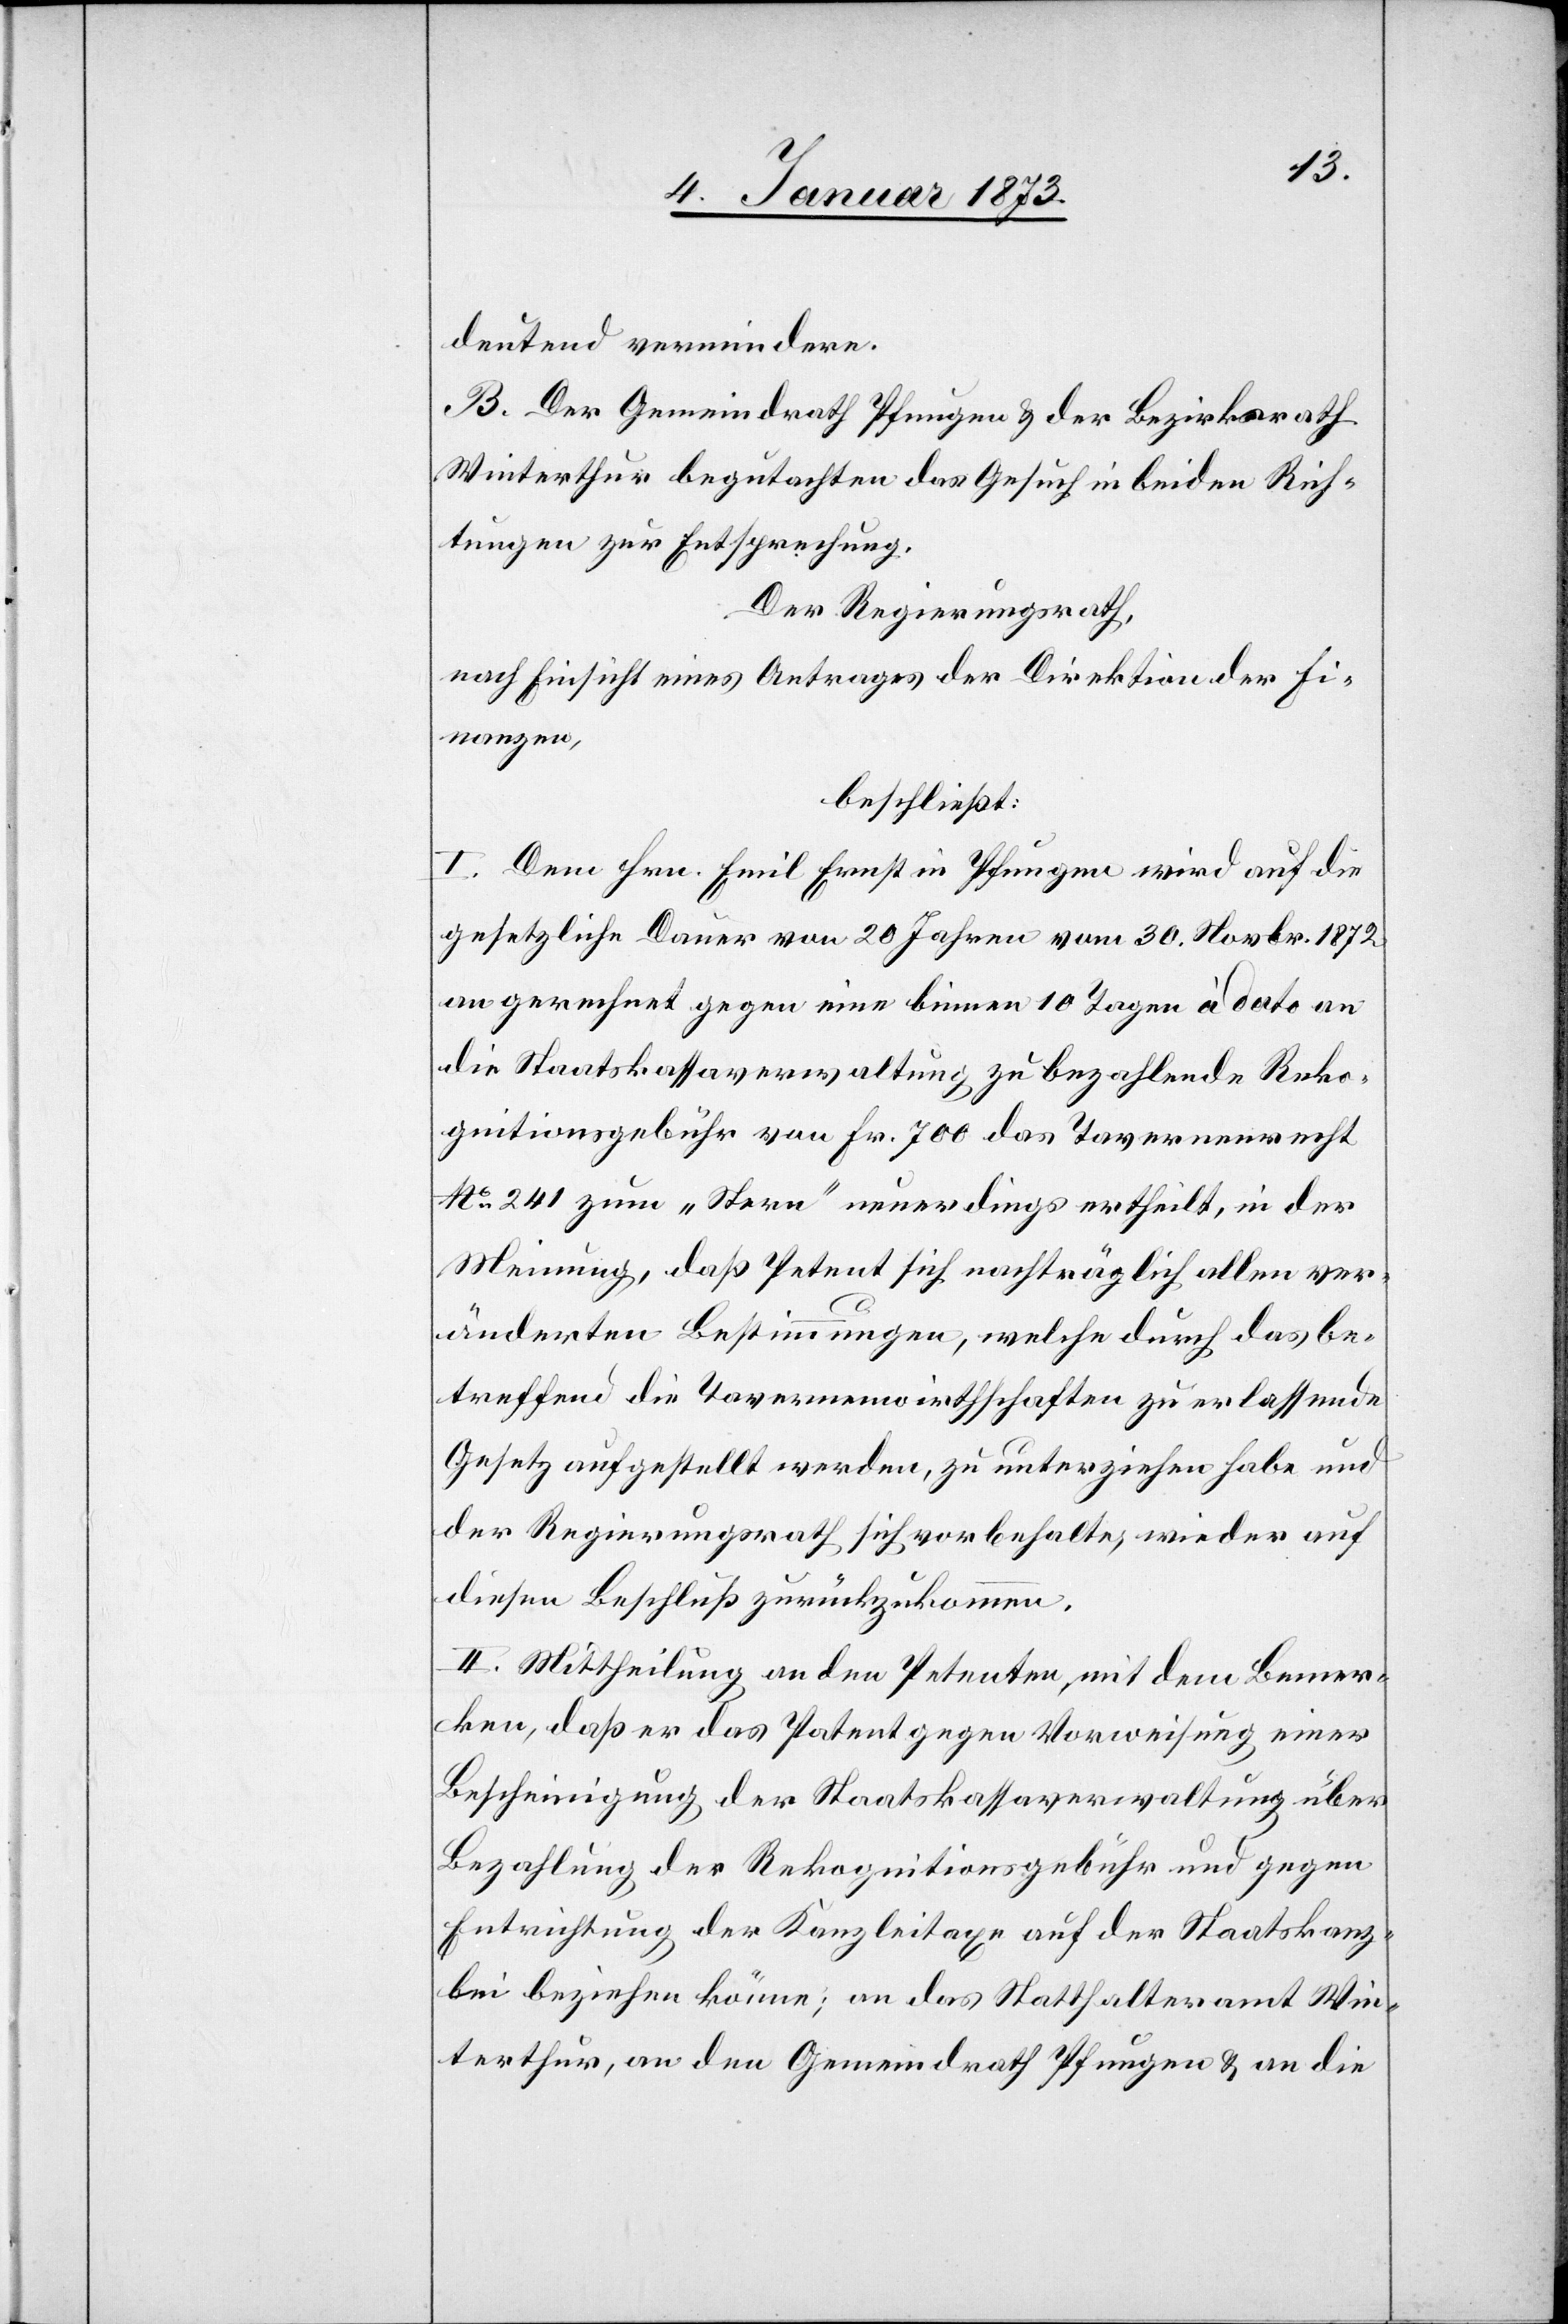
deutend vermindern.
B. Der Gemeindrath Pfungen & der Bezirksrath
Winterthur begutachten das Gesuch in beiden Rich¬
tungen zur Entsprechung.
Der Regierungsrath,
nach Einsicht eines Antrages der Direktion Fi¬
nanzen,
beschließt:
I. Dem Hrn. Emil Ernst in Pfungen wird auf die
gesetzliche Dauer von 20 Jahren vom 30. Novbr. 1872
angerechnet gegen eine binnen 10 Tagen à dato an
die Staatskassaverwaltung zu bezahlende Reko¬
gnitionsgebühr von Fr. 700 das Tavernenrecht
12o 241 zum „Stern“ neuerdings ertheilt, in der
Meinung, daß Petent sich nachträglich allen ver¬
änderten Bestimmungen, welche durch das be¬
treffend die Tavernenwirthschaften zu erlassende
Gesetz aufgestellt werden, zu unterziehen habe und
der Regierungsrath sich vorbehalte, wieder auf
diesen Beschluß zurückzukommen.
II. Mittheilung an den Petenten, mit dem Bemer¬
ken, daß er das Patent gegen Vorweisung einer
Bescheinigung der Staatskassaverwaltung über
Bezahlung der Rekognitionsgebühr und gegen
Entrichtung der Kanzleitage auf der Staatskanz¬
lei beziehen könne; an das Statthalteramt Win¬
terthur, an den Gemeindrath Pfungen & die